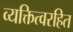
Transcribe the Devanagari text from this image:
व्यक्तित्वरहित